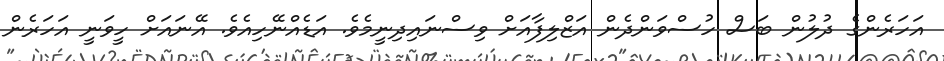
އަހަރެންގެ ދުލުން ބަސް ހުސްވަންދެން އަޒްލިފާއަށް ވިސްނައިދިނީމެވެ. އަޑެއްނޭހިއެވެ. އޭނައަށް ހީވަނީ އަހަރެން